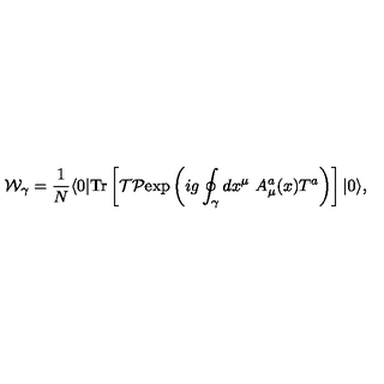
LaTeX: { \cal W } _ { \gamma } = { \frac { 1 } { N } } \langle 0 | \mathrm { T r } \left[ { \cal T } { \cal P } \mathrm { e x p } \left( i g \oint _ { \gamma } d x ^ { \mu } \ A _ { \mu } ^ { a } ( x ) T ^ { a } \right) \right] | 0 \rangle ,